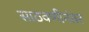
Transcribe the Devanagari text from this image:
साठवणीनंतर